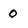
Character: 0